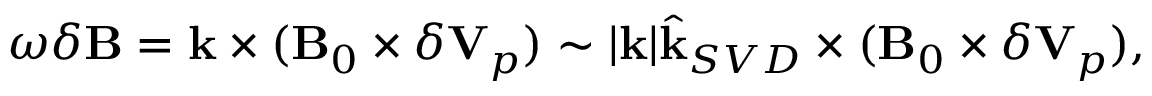
\begin{array} { r } { \omega \delta \mathbf { B } = \mathbf { k } \times ( \mathbf { B } _ { 0 } \times \delta \mathbf { V } _ { p } ) \sim | \mathbf { k } | \hat { \mathbf { k } } _ { S V D } \times ( \mathbf { B } _ { 0 } \times \delta \mathbf { V } _ { p } ) , } \end{array}